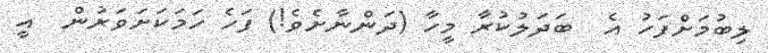
ލިބުމަށްފަހު އެ  ބަދަލުކުރާ މީހާ (ދަންނާށެވެ!) ފަހެ ހަމަކަށަވަރުން  އީ